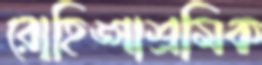
রোহিঙ্গাশ্রমিক